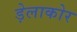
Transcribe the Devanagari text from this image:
ड़ेलाकोर